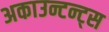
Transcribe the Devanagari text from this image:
अकाउन्टन्ट्स